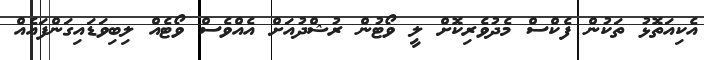
އެކިއަތޮޅު ތަކުން ފެކްސް މެދުވެރިކޮށް ލީ ވޯޓުން ރުޝްދުއަށް އެއްވެސް ވޯޓެއް ލިބިވަޑައިގަންފައެއް